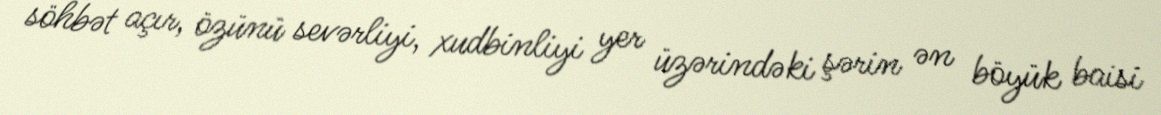
söhbət açır, özünü sevərliyi, xudbinliyi yer üzərindəki şərin ən böyük baisi